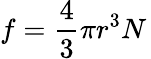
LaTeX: f={\frac{4}{3}}\pi r^{3}N\,